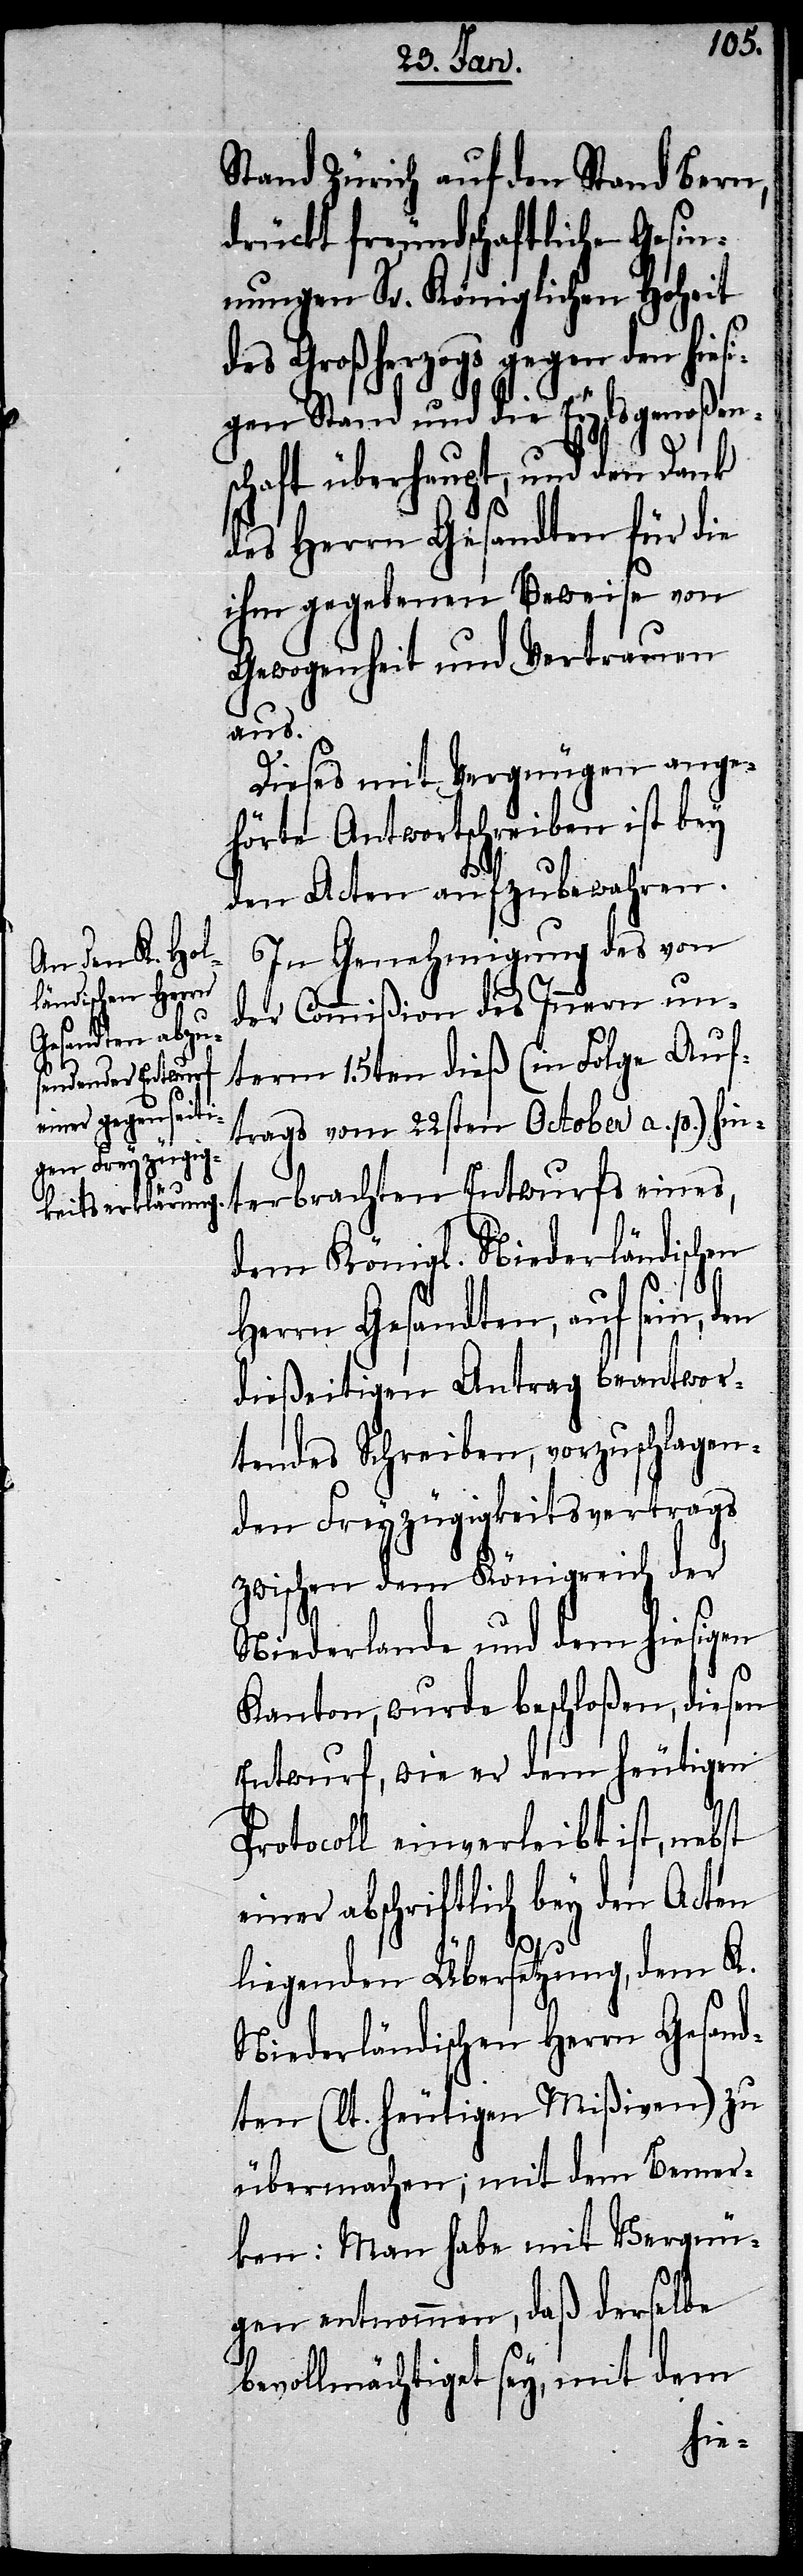
Stand Zürich auf den Stand Bern,
drückt freundschaftliche Gesin¬
nungen Sr. Königlichen Hoheit
des Großherzogs gegen den hies¬
igen Stand und die Eydsgenoßen¬
schaft überhaupt, und den Dank
des Herrn Gesandten für die
ihm gegebenen Beweise von
Gewogenheit und Vertrauen
aus.
Dieses mit Vergnügen ange¬
hörte Antwortschreiben ist bey
den Acten aufzubewahren.
In Genehmigung des von
der Commißion des Innern un¬
term 15ten dieß (in Folge Auf¬
trags vom 22sten October a. p.) hin¬
terbrachten Entwurfs eines,
dem Königl. Niederländischen
Herrn Gesandten, auf sein, den
dießeitigen Antrag beantwor¬
tendes Schreiben, vorzuschlagen¬
den Freyzügigkeitsvertrags
zwischen dem Königreich der
Niederlande und dem hiesigen
Kanton, wurde beschloßen, diesen
Entwurf, wie er dem heutigen
Protocoll einverleibt ist, nebst
einer abschriftlich bey den Acten
liegenden Übersetzung, dem K.
Niederländischen Herrn Gesand¬
ten (lt. heutigen Mißiven) zu
übermachen; mit dem Bemer¬
ken: Man habe mit Vergnü¬
gen entnommen, daß derselbe
bevollmächtiget sey, mit dem